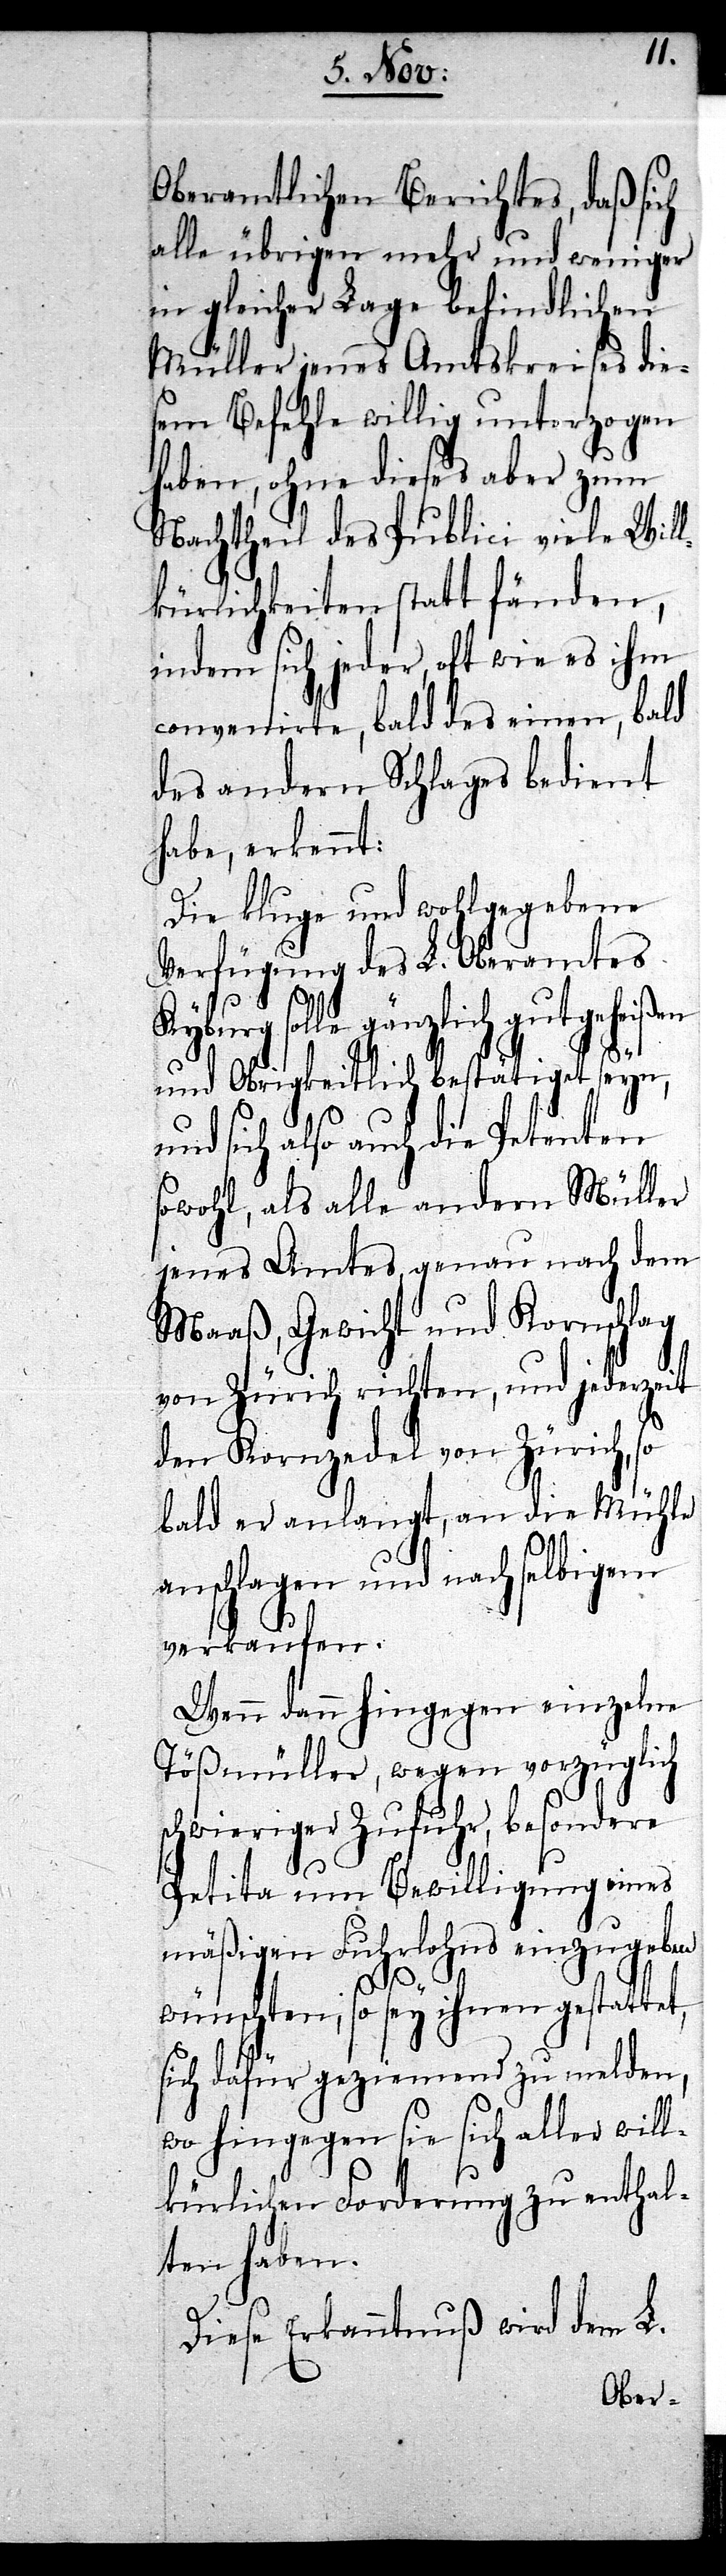
Oberamtlichen Berichtes, daß sich
alle übrigen mehr und weniger
in gleicher Lage befindlichen
Müller jenes Amtskreises die¬
sem Befehle willig unterzogen
haben, ohne dieses aber zum
Nachtheil des Publici viele Will¬
kürlichkeiten statt fänden,
indem sich jeder, oft wie es ihm
convenirte, bald des einen, bald
des andern Schlages bedient
habe, erkennt:
Die kluge und wohlgegebene
Verfügung des L. Oberamtes
solle gänzlich gutgehei¬
und Obrigkeitlich bestätiget seyn,
und sich also auch die Petenten
sowohl, als alle andern Müller
jenes Amtes, genau nach dem
Maaß, Gewicht und Kornschlag
von Zürich richten, und jederzeit
den Kornzedel von Zürich, so
bald er anlangt, an die Mühle
anschlagen und nach selbigem
verkaufen.
Wenn dann hingegen einzelne
Tößmüller, wegen vorzüglich
schwieriger Zufuhr, besondere
Petita um Bewilligung eines
mäßigen Fuhrlohns einzugeben
ßen
wünschten, so sey ihnen gestattet,
sich dafür geziemend zu melden,
wo hingegen sie sich aller will¬
kürlichen Forderung zu enthal¬
ten haben.
Diese Erkanntnuß wird dem L.